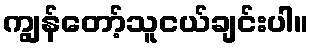
ကျွန်တော့်သူငယ်ချင်းပါ။